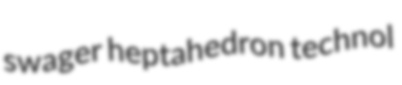
swager heptahedron technol